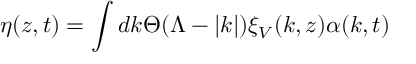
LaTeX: \eta ( z , t ) = \int d k \Theta ( \Lambda - | k | ) \xi _ { V } ( k , z ) \alpha ( k , t )